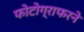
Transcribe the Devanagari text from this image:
फोटोग्राफरने